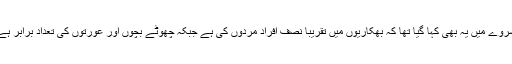
سروے میں یہ بھی کہا گیا تھا کہ بھکاریوں میں تقریباً نصف افراد مردوں کی ہے جبکہ چھوٹے بچوں اور عورتوں کی تعداد برابر ہے۔